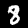
Digit: 8